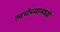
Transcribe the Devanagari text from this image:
त्वचेच्यामध्ये